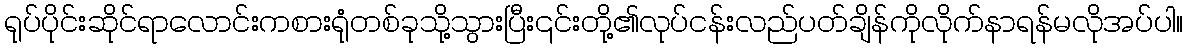
ရုပ်ပိုင်းဆိုင်ရာလောင်းကစားရုံတစ်ခုသို့သွားပြီး၎င်းတို့၏လုပ်ငန်းလည်ပတ်ချိန်ကိုလိုက်နာရန်မလိုအပ်ပါ။